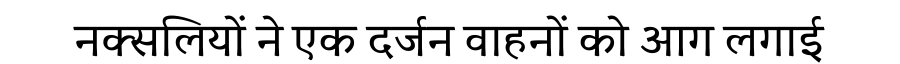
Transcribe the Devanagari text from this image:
नक्सलियों ने एक दर्जन वाहनों को आग लगाई